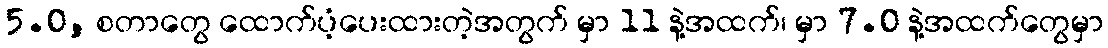
5.0, စတာတွေ ထောက်ပံ့ပေးထားတဲ့အတွက် မှာ 11 နဲ့အထက်၊ မှာ 7.0 နဲ့အထက်တွေမှာ